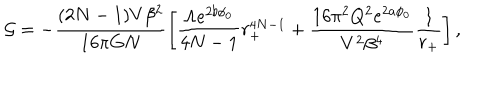
LaTeX: { \cal G } = - \frac { ( 2 N - 1 ) V \beta ^ { 2 } } { 1 6 \pi G N } \left[ \frac { \Lambda e ^ { 2 b \phi _ { 0 } } } { 4 N - 1 } r _ { + } ^ { 4 N - 1 } + \frac { 1 6 \pi ^ { 2 } Q ^ { 2 } e ^ { 2 a \phi _ { 0 } } } { V ^ { 2 } \beta ^ { 4 } } \frac { 1 } { r _ { + } } \right] ,